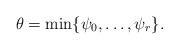
LaTeX: \begin{align*}\theta = \min\{ \psi_0, \ldots, \psi_r \}.\end{align*}